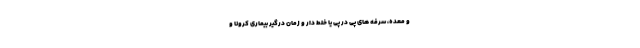
و معده، سرفه های پی در پی یا خلط دار و زمان درگیر بیماری کرونا و